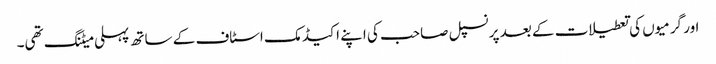
اور گرمیوں کی تعطیلات کے بعد پرنسپل صاحب کی اپنے اکیڈمک اسٹاف کے ساتھ پہلی میٹنگ تھی۔